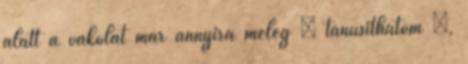
alatt a vakolat már annyira meleg – tanúsíthatom –,